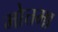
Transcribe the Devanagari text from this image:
मोत्तमा